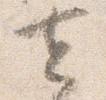
去